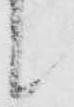
候